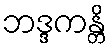
ဘဒ္ဒကန္တိ